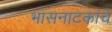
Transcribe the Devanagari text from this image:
भासनाटकांचे